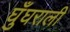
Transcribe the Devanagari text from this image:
घुँघराली